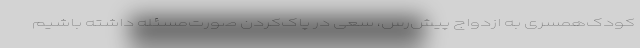
کودک‌همسری به ازدواج پیش‌رس، سعی در پاک‌کردن صورت‌مسئله داشته باشیم